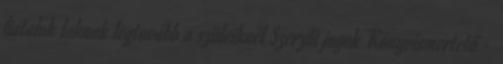
fiatalok laknak legtovább a szüleiknél Szerzői jogok Könyvismertető -